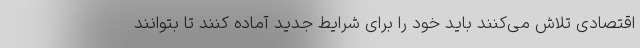
اقتصادی تلاش می‌کنند باید خود را برای شرایط جدید آماده کنند تا بتوانند